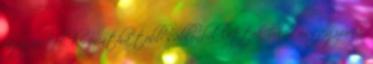
úgy néztek ki, mintha több sablonból lettek volna összegyúrva.